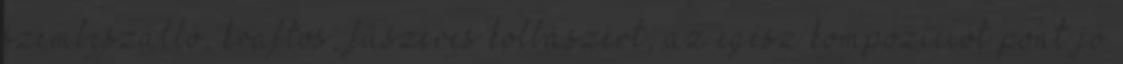
szembeszálló, kraftos, fűszeres kolbászért, az egész kompozíciót pont jó